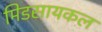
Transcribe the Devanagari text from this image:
मिडसायकल